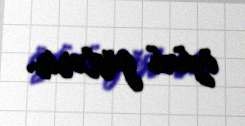
özünü göstərir.